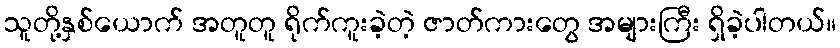
သူတို့နှစ်ယောက် အတူတူ ရိုက်ကူးခဲ့တဲ့ ဇာတ်ကားတွေ အများကြီး ရှိခဲ့ပါတယ်။